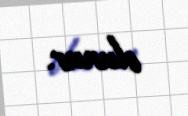
olunur.